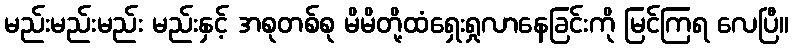
မည်းမည်းမည်း မည်းနှင့် အစုတစ်စု မိမိတို့ထံရှေးရှုလာနေခြင်းကို မြင်ကြရ လေပြီ။